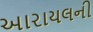
આરાયલની